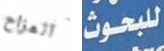
المزاح للبحوث